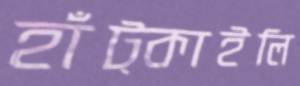
হাঁট্‌কাইলি